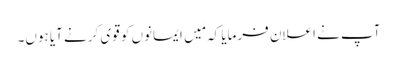
آپ نے اعلان فرمایا کہ مَیں ایمانوں کو قوی کرنے آیا ہوں۔